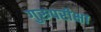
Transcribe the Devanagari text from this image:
गुरुपरीक्षा